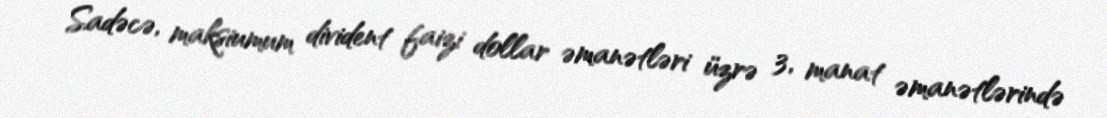
Sadəcə, maksiumum divident faizi dollar əmanətləri üzrə 3, manat əmanətlərində